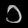
Digit: ၁